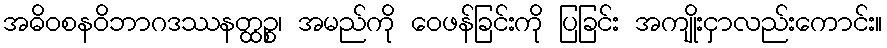
အဓိဝစနဝိဘာဂဒဿနတ္ထဉ္စ၊ အမည်ကို ဝေဖန်ခြင်းကို ပြခြင်း အကျိုးငှာလည်းကောင်း။